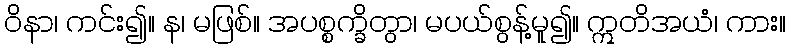
ဝိနာ၊ ကင်း၍။ န၊ မဖြစ်။ အပစ္စက္ခိတွာ၊ မပယ်စွန့်မူ၍။ ဣတိအယံ၊ ကား။